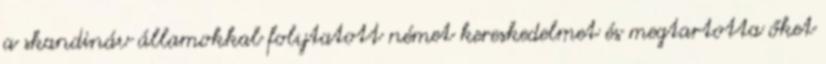
a skandináv államokkal folytatott német kereskedelmet és megtartotta őket